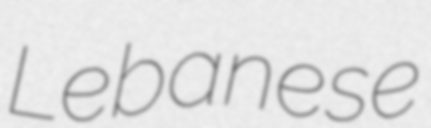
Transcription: Lebanese